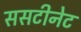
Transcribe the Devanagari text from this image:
ससटीनेट